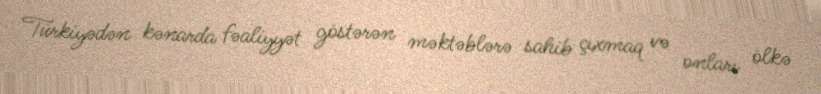
Türkiyədən kənarda fəaliyyət göstərən məktəblərə sahib çıxmaq və onları ölkə